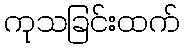
ကုသခြင်းထက်